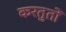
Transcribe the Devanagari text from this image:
करतुतों